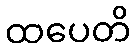
ထပေတိ